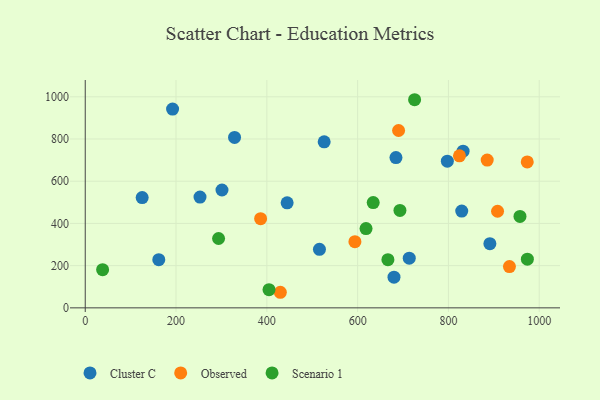
{"axis": {"x": "Speed", "y": "Yield"}, "legend": ["Cluster C", "Observed", "Scenario 1"], "data": [{"x": "526.3", "y": 786.7, "type": "Cluster C"}, {"x": "829.3", "y": 458.5, "type": "Cluster C"}, {"x": "713.7", "y": 235.4, "type": "Cluster C"}, {"x": "832.3", "y": 742.3, "type": "Cluster C"}, {"x": "680.1", "y": 145.4, "type": "Cluster C"}, {"x": "515.9", "y": 277.5, "type": "Cluster C"}, {"x": "328.9", "y": 807.7, "type": "Cluster C"}, {"x": "444.7", "y": 497.4, "type": "Cluster C"}, {"x": "162.0", "y": 228.1, "type": "Cluster C"}, {"x": "301.2", "y": 558.3, "type": "Cluster C"}, {"x": "891.3", "y": 303.9, "type": "Cluster C"}, {"x": "192.4", "y": 941.7, "type": "Cluster C"}, {"x": "797.6", "y": 695.1, "type": "Cluster C"}, {"x": "684.4", "y": 712.1, "type": "Cluster C"}, {"x": "252.8", "y": 524.7, "type": "Cluster C"}, {"x": "125.4", "y": 522.6, "type": "Cluster C"}, {"x": "594.0", "y": 313.5, "type": "Observed"}, {"x": "824.3", "y": 720.5, "type": "Observed"}, {"x": "973.6", "y": 691.3, "type": "Observed"}, {"x": "690.2", "y": 840.4, "type": "Observed"}, {"x": "386.3", "y": 422.3, "type": "Observed"}, {"x": "885.4", "y": 700.3, "type": "Observed"}, {"x": "934.4", "y": 195.8, "type": "Observed"}, {"x": "908.2", "y": 457.7, "type": "Observed"}, {"x": "429.7", "y": 73.8, "type": "Observed"}, {"x": "957.6", "y": 433.1, "type": "Scenario 1"}, {"x": "693.2", "y": 461.7, "type": "Scenario 1"}, {"x": "404.8", "y": 86.0, "type": "Scenario 1"}, {"x": "725.5", "y": 986.1, "type": "Scenario 1"}, {"x": "618.5", "y": 375.4, "type": "Scenario 1"}, {"x": "634.3", "y": 498.7, "type": "Scenario 1"}, {"x": "293.7", "y": 328.6, "type": "Scenario 1"}, {"x": "38.3", "y": 180.9, "type": "Scenario 1"}, {"x": "973.9", "y": 230.6, "type": "Scenario 1"}, {"x": "666.7", "y": 228.3, "type": "Scenario 1"}]}